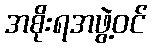
အစိုးရအဖွဲ့ဝင်